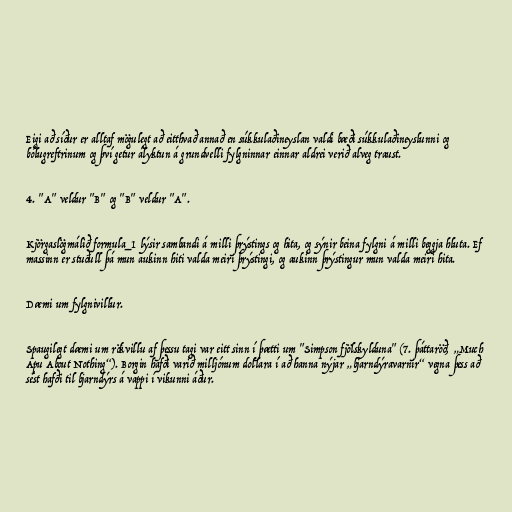
Eigi að síður er alltaf mögulegt að eitthvað annað en súkkulaðineyslan valdi bæði súkkulaðineyslunni og
bólugreftrinum og því getur ályktun á grundvelli fylgninnar einnar aldrei verið alveg traust.

4. "A" veldur "B" og "B" veldur "A".

Kjörgaslögmálið formula_1 lýsir sambandi á milli þrýstings og hita, og sýnir beina fylgni á milli beggja hluta. Ef
massinn er stuðull þá mun aukinn hiti valda meiri þrýstingi, og aukinn þrýstingur mun valda meiri hita.

Dæmi um fylgnivillur.

Spaugilegt dæmi um rökvillu af þessu tagi var eitt sinn í þætti um "Simpson fjölskylduna" (7. þáttaröð, „Much
Apu About Nothing“). Borgin hafði varið milljónum dollara í að hanna nýjar „bjarndýravarnir“ vegna þess að
sést hafði til bjarndýrs á vappi í vikunni áður.